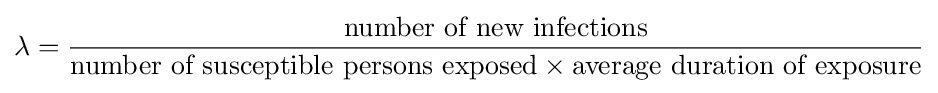
\lambda ={\frac {\mbox{number of new infections}}{{\mbox{number of susceptible persons exposed}}\times {\mbox{average duration of exposure}}}}